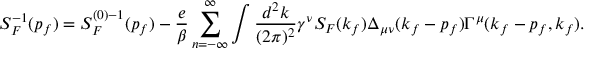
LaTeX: S _ { F } ^ { - 1 } ( p _ { f } ) = S _ { F } ^ { ( 0 ) - 1 } ( p _ { f } ) - { \frac { e } { \beta } } \sum _ { n = - \infty } ^ { \infty } \int { \frac { d ^ { 2 } k } { ( 2 \pi ) ^ { 2 } } } \gamma ^ { \nu } S _ { F } ( k _ { f } ) \Delta _ { \mu \nu } ( k _ { f } - p _ { f } ) \Gamma ^ { \mu } ( k _ { f } - p _ { f } , k _ { f } ) .